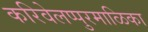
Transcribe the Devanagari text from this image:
करिवेलप्पुरमाळिका